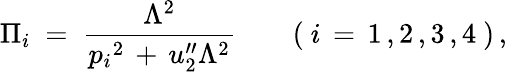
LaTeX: \Pi_{i}\ =\ \frac{\Lambda^{2}}{p_{i}{}^{2}\, +\, u_{2}^{\prime\prime}\Lambda^{2}}\qquad(\ i\, =\, 1\, ,2\, ,3\, ,4\ )\, ,